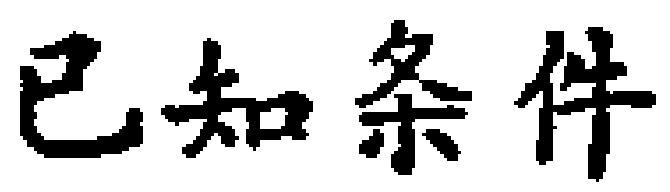
已知条件